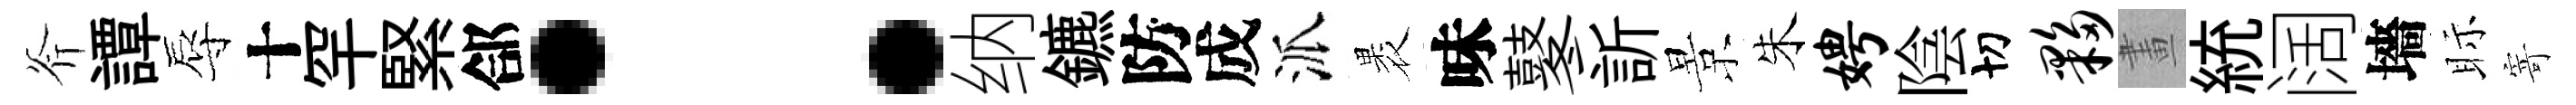
斧譚辱十罕緊郃：纳鑣防成派褁味鼕訢景朱娉陰切夥畫統阔墻眎寄